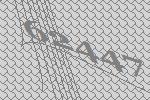
62447